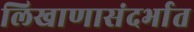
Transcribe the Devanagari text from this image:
लिखाणासंदर्भात